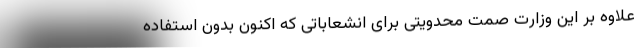
علاوه بر این وزارت صمت محدویتی برای انشعاباتی که اکنون بدون استفاده